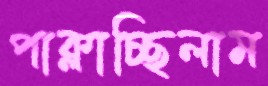
পাক্‌লাচ্ছিলাম